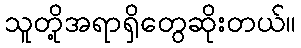
သူတို့အရာရှိတွေဆိုးတယ်။